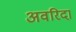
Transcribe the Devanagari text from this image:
अवरिदा